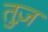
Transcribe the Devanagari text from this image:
तुज़